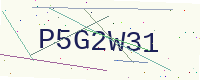
Text: P5G2W31